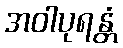
အဝါပုရန္တံ